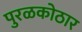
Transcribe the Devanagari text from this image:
पुरळकोठार